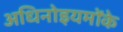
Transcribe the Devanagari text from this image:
अधिनोइयमोंके